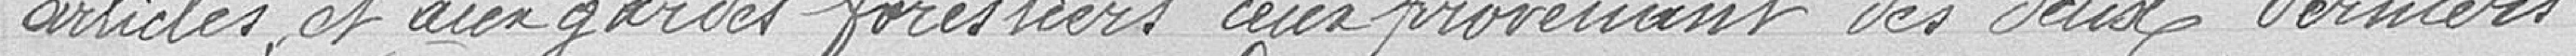
articles et aux gardes forestiers ceux provenant des deux derniers.